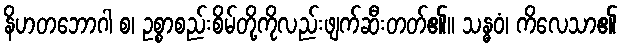
နိဟတဘောဂါ စ၊ ဥစ္စာစည်းစိမ်တို့ကိုလည်းဖျက်ဆီးတတ်၏။ သန္ဓဝံ၊ ကိလေသာ၏